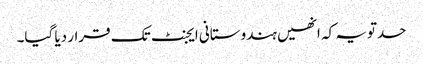
حدتویہ کہ انھیں ہندوستانی ایجنٹ تک قرار دیا گیا۔